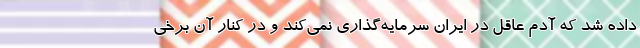
داده شد که آدم عاقل در ایران سرمایه‌گذاری نمی‌کند و در کنار آن برخی